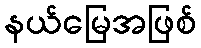
နယ်မြေအဖြစ်